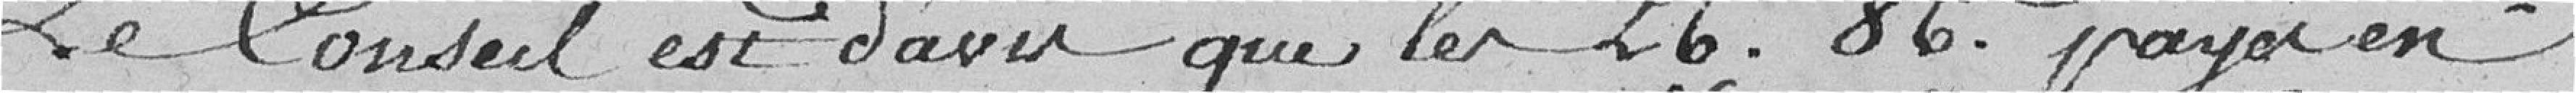
Le Conseil est d'avis que les 26 francs 86 centimes payés en